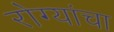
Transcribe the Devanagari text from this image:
रोग्यांचा